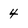
Character: 4